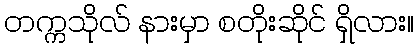
တက္ကသိုလ် နားမှာ စတိုးဆိုင် ရှိလား။